画像に写った文字を読んでください
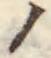
「ノ」と書いてあります